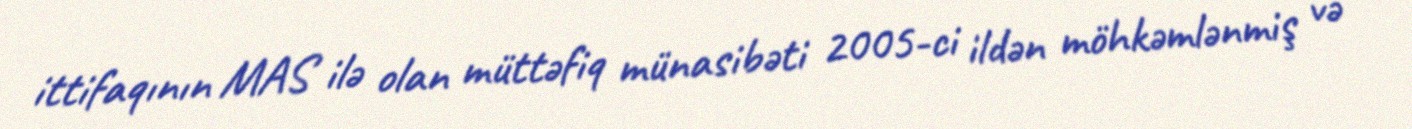
ittifaqının MAS ilə olan müttəfiq münasibəti 2005-ci ildən möhkəmlənmiş və